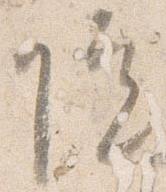
院